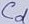
Text: Cd